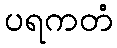
ပရကတံ